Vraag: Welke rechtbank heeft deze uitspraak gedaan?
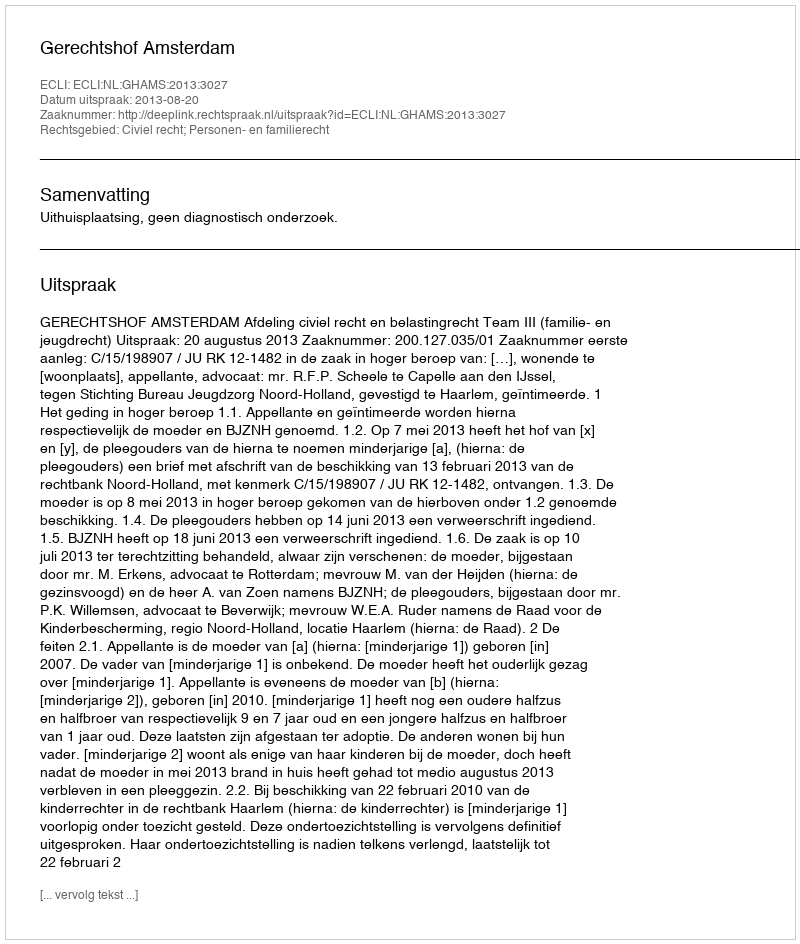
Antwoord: Gerechtshof Amsterdam